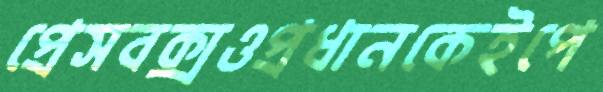
প্রেসবক্সওপ্রধানকেইপে